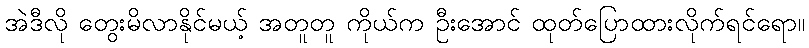
အဲဒီလို တွေးမိလာနိုင်မယ့် အတူတူ ကိုယ်က ဦးအောင် ထုတ်ပြောထားလိုက်ရင်ရော။